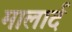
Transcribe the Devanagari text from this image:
मालार्द